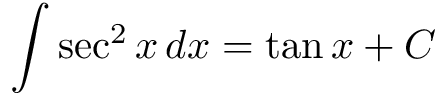
\int \sec ^ { 2 } { x } \, d x = \tan { x } + C